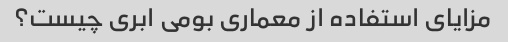
مزایای استفاده از معماری بومی ابری چیست؟